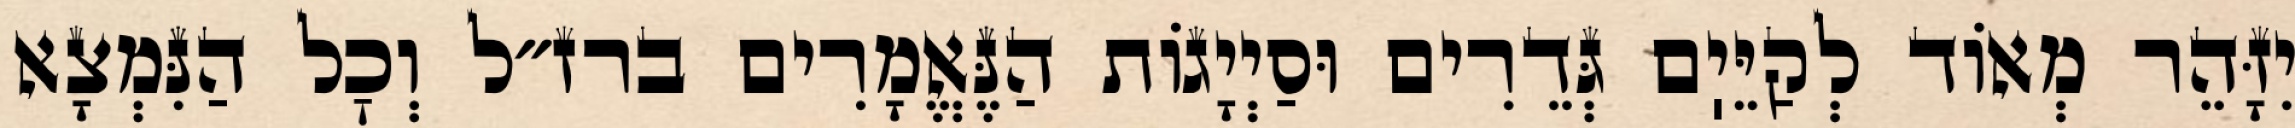
יִזָּהֵר מְאוֹד לְקַיֵּיֽם גְּדֵרִים וּסַיְיָגוֹת הַנֶּאֱמָרִים ברז״ל וְכׇל הַנִּמְצָא